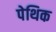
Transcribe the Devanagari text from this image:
पेथिक